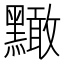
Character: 𪒠